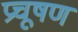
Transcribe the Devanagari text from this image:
प्रचूषण